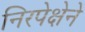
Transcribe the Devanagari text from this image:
निरपेक्षेने